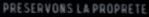
PRESERVONS LA PROPRIETE